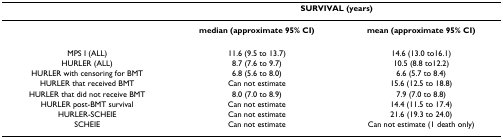
|  | <COLSPAN=2> SURVIVAL (years) |
 | --- | --- | --- |
 |  | median (approximate 95% CI) | mean (approximate 95% CI) |
 | MPS I (ALL) | 11.6 (9.5 to 13.7) | 14.6 (13.0 to16.1) |
 | HURLER (ALL) | 8.7 (7.6 to 9.7) | 10.5 (8.8 to12.2) |
 | HURLER with censoring for BMT | 6.8 (5.6 to 8.0) | 6.6 (5.7 to 8.4) |
 | HURLER that received BMT | Can not estimate | 15.6 (12.5 to 18.8) |
 | HURLER that did not receive BMT | 8.0 (7.0 to 8.9) | 7.9 (7.0 to 8.8) |
 | HURLER post-BMT survival | Can not estimate | 14.4 (11.5 to 17.4) |
 | HURLER-SCHEIE | Can not estimate | 21.6 (19.3 to 24.0) |
 | SCHEIE | Can not estimate | Can not estimate (1 death only) |